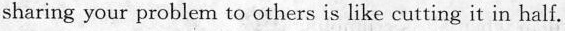
sharing your problem to others is like cutting it in half.